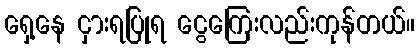
ရှေ့နေ ငှားရပြုရ ငွေကြေးလည်းကုန်တယ်။